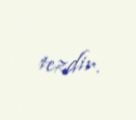
tezdir.